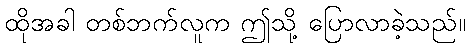
ထိုအခါ တစ်ဘက်လူက ဤသို့ ပြောလာခဲ့သည်။